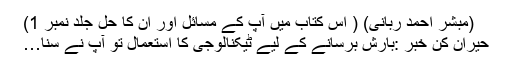
(مُبشّر احمد رَبّاَنی) ( اس کتاب میں آپ کے مسائل اور اُن کا حل جلد نمبر 1)
حیران کن خبر :بارش برسانے کے لیے ٹیکنالوجی کا استعمال تو آپ نے سنا…